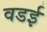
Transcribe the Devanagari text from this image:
वडई